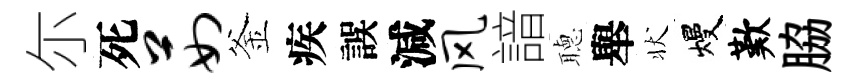
尓死茹釜疾誤減风諳𦗟舉状熳歎脇